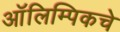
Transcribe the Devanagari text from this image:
आॅलिम्पिकचे